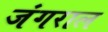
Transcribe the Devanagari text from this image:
जंगराल